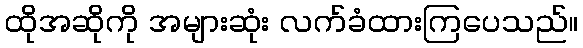
ထိုအဆိုကို အများဆုံး လက်ခံထားကြပေသည်။